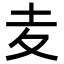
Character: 𡕟